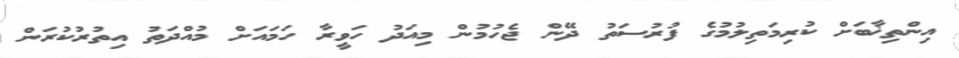
އިންތިޚާބަށް ކުރިމަތިލުމުގެ ފުރުސަތު ދޭން ޖެހުމުން މިއަދު ހަވީރާ ހަމައަށް މުއްދަތު އިތުރުކުރަން